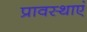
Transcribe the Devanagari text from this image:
प्रावस्थाएं